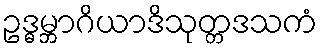
ဥဒ္ဓမ္ဘာဂိယာဒိသုတ္တဒသကံ